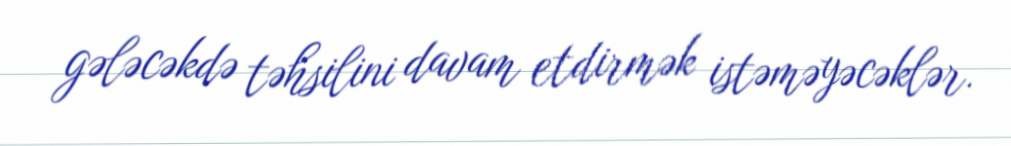
gələcəkdə təhsilini davam etdirmək istəməyəcəklər.